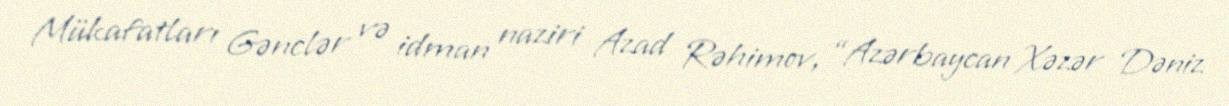
Mükafatları Gənclər və idman naziri Azad Rəhimov, “Azərbaycan Xəzər Dəniz